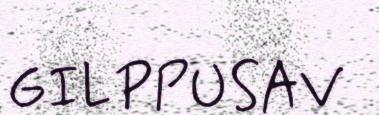
GILPPUSAV